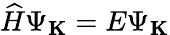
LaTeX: \widehat{H}\Psi_{\mathbf K}=E\Psi_{\mathbf K}